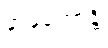
နာနုဘောန္တိ